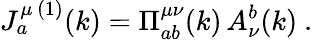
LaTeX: J_{a}^{\mu\, (1)}(k)=\Pi_{ab}^{\mu\nu}(k)\, A_{\nu}^{b}(k)\ .